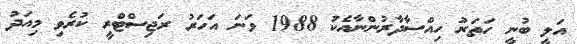
އަލީ ބުނީ ހަތަރު ހިއްސާދާރުންނާއެކު 1988 ވަނަ އަހަރު ރަޖިސްޓްރީ ކުރެވި މިއަދު